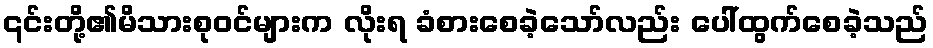
၎င်းတို့၏မိသားစုဝင်များက လိုးရ ခံစားစေခဲ့သော်လည်း ပေါ်ထွက်စေခဲ့သည်